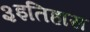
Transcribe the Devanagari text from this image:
३इतिहास